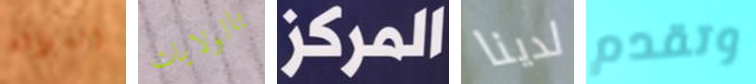
السلالة بالولايات المركز لدينا وتقدم